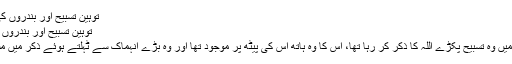
توہین تسبیح اور بندروں کی بندگی -
توہین تسبیح اور بندروں کی بندگی
جس ہاتھ میں وہ تسبیح پکڑے اللہ کا ذکر کر رہا تھا، اس کا وہ ہاتھ اس کی پیٹھ پر موجود تھا اور وہ بڑے انہماک سے ٹہلتے ہوئے ذکر میں مشغول تھا۔